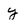
Character: y